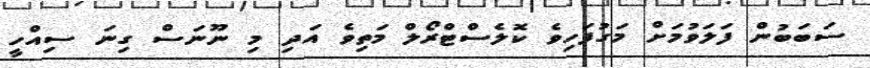
ސަބަބުން ފަލަވުމަށް މަގުފަހިވެ ކޮލެސްޓްރޯލް މަތިވެ އަދި މި ނޫނަސް ގިނަ ސިއްހީ